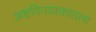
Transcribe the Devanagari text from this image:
अष्टविनायकांतला